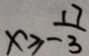
x \geq - \frac { 1 7 } { 3 }